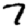
Digit: 7